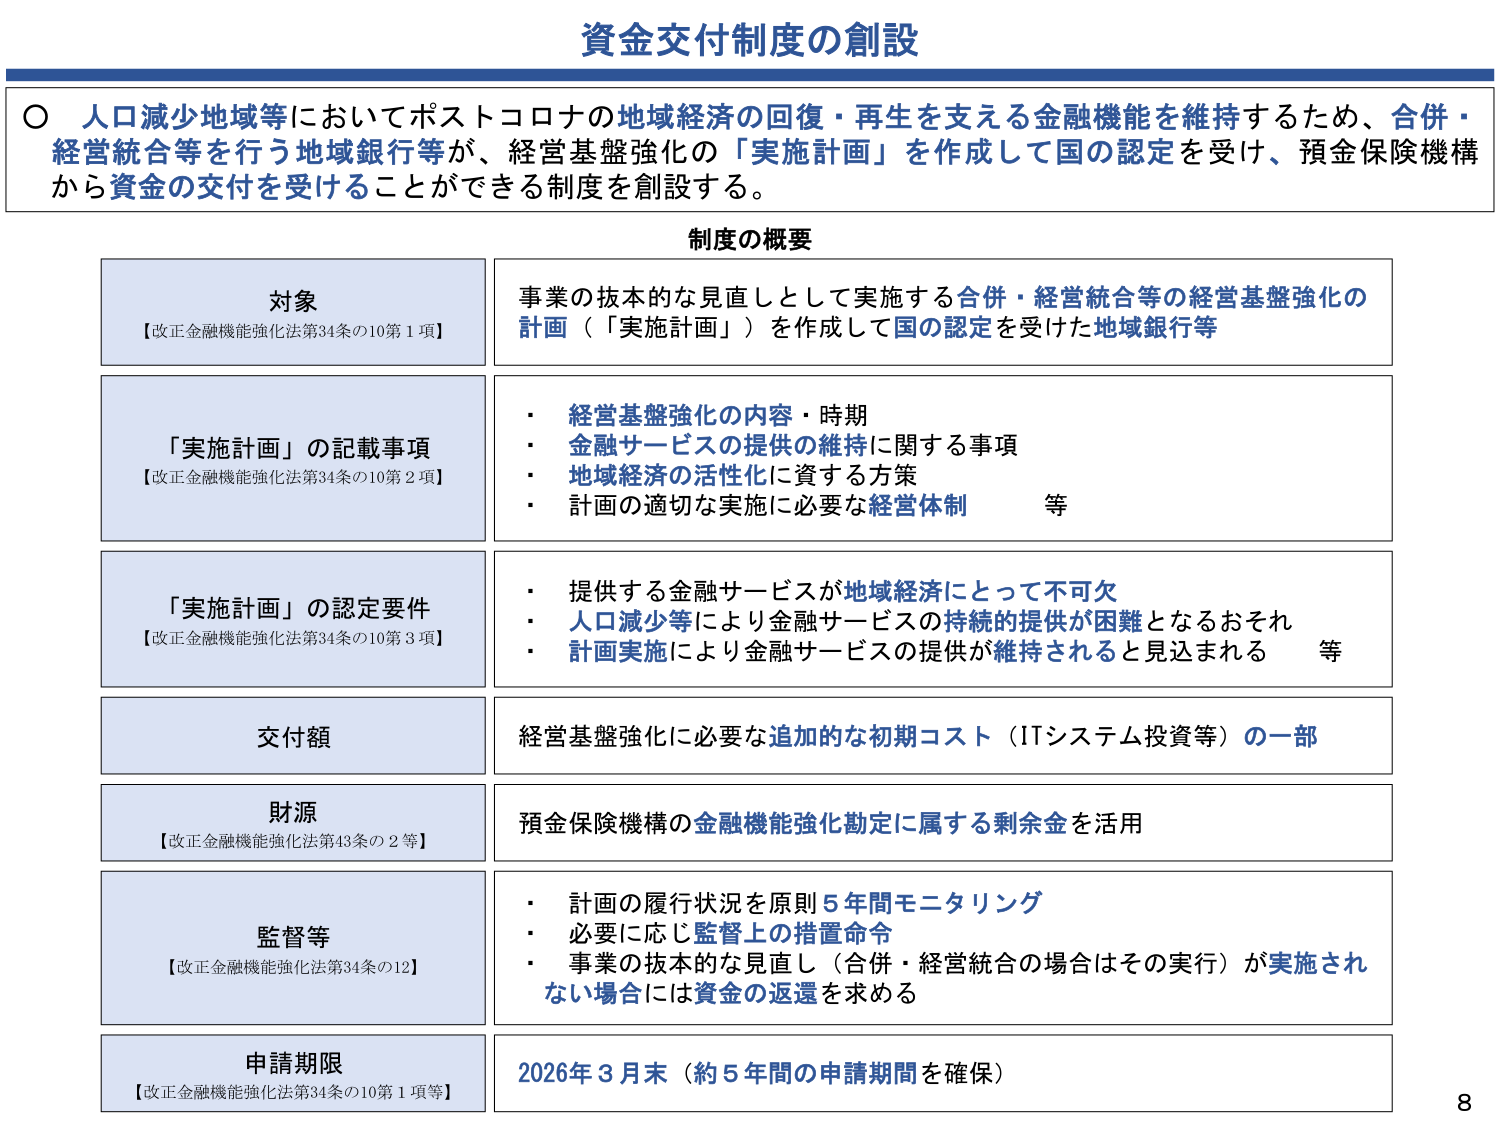
資金交付制度の創設

○ 人口減少地域等においてポストコロナの地域経済の回復・再生を支える金融機能を維持するため、合併・経営統合等を行う地域銀行等が、経営基盤強化の「実施計画」を作成して国の認定を受け、預金保険機構から資金の交付を受けることができる制度を創設する。

制度の概要

対象
【改正金融機能強化法第34条の10第1項】
事業の抜本的な見直しとして実施する合併・経営統合等の経営基盤強化の計画（「実施計画」）を作成して国の認定を受けた地域銀行等

「実施計画」の記載事項
【改正金融機能強化法第34条の10第2項】
・ 経営基盤強化の内容・時期
・ 金融サービスの提供の維持に関する事項
・ 地域経済の活性化に資する方策
・ 計画の適切な実施に必要な経営体制 等

「実施計画」の認定要件
【改正金融機能強化法第34条の10第3項】
・ 提供する金融サービスが地域経済にとって不可欠
・ 人口減少等により金融サービスの持続的提供が困難となるおそれ
・ 計画実施により金融サービスの提供が維持されると見込まれる 等

交付額
経営基盤強化に必要な追加的な初期コスト（ITシステム投資等）の一部

財源
【改正金融機能強化法第43条の2等】
預金保険機構の金融機能強化勘定に属する剰余金を活用

監督等
【改正金融機能強化法第34条の12】
・ 計画の履行状況を原則5年間モニタリング
・ 必要に応じ監督上の措置命令
・ 事業の抜本的な見直し（合併・経営統合の場合はその実行）が実施されない場合には資金の返還を求める

申請期限
【改正金融機能強化法第34条の10第1項等】
2026年3月末（約5年間の申請期間を確保）

8